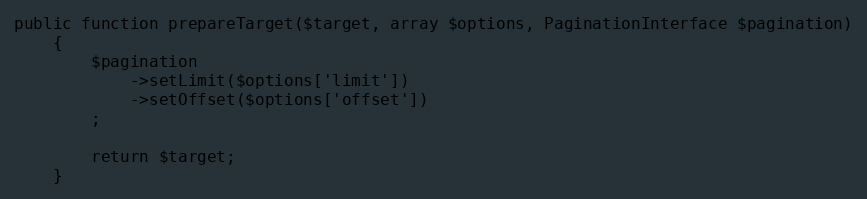
Language: PHP
public function prepareTarget($target, array $options, PaginationInterface $pagination)
    {
        $pagination
            ->setLimit($options['limit'])
            ->setOffset($options['offset'])
        ;

        return $target;
    }